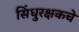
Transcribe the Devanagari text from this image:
सिंधुरक्षकचे